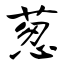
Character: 葱